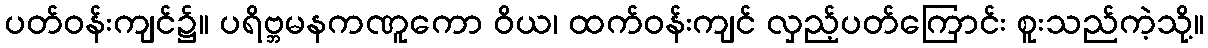
ပတ်ဝန်းကျင်၌။ ပရိဗ္ဘမနကဏူကော ဝိယ၊ ထက်ဝန်းကျင် လှည့်ပတ်ကြောင်း စူးသည်ကဲ့သို့။